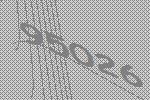
95026